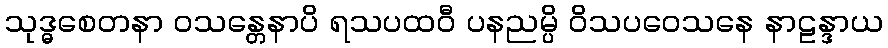
သုဒ္ဓစေတနာ ဝသန္တေနာပိ ရသပထဝီ ပနညမ္ပိ ဝိသပဝေသနေ နာဠန္ဒာယ